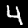
Digit: 4